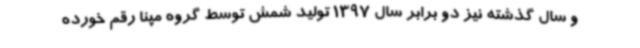
و سال گذشته نیز دو برابر سال 1397 تولید شمش توسط گروه مپنا رقم خورده